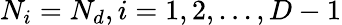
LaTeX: N_{i}=N_{d},i=1,2,...,D-1